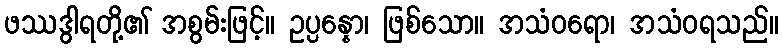
ဖဿဒွါရတို့၏ အစွမ်းဖြင့်။ ဥပ္ပန္နော၊ ဖြစ်သော။ အသံဝရော၊ အသံဝရသည်။